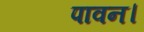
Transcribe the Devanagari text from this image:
पावन।